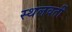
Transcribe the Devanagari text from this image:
स्थलवर्ती